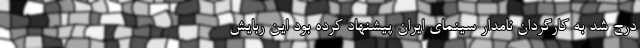
درج شد به کارگردان نامدار سینمای ایران پیشنهاد کرده بود این ربایش